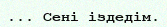
... Сені іздедім.